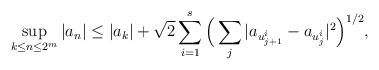
LaTeX: \begin{align*} \sup_{k \leq n\leq 2^m} |a_n| \leq |a_k| + \sqrt{2} \sum_{i=1}^s\Big(\sum_{j}{|a_{u_{j+1}^i}-a_{u_j^i}|^2}\Big)^{1/2},\end{align*}